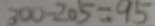
3 0 0 - 2 0 5 = 9 5